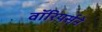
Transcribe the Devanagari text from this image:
वॉरियर्सने